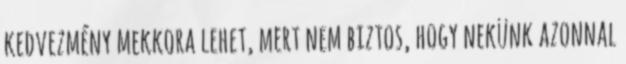
kedvezmény mekkora lehet, mert nem biztos, hogy nekünk azonnal